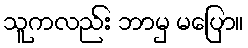
သူကလည်း ဘာမှ မပြော။